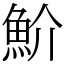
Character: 魪